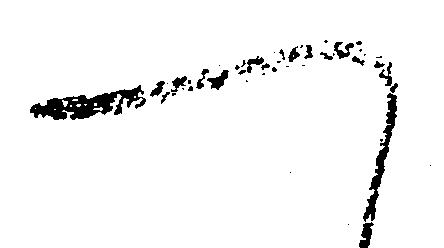
へ